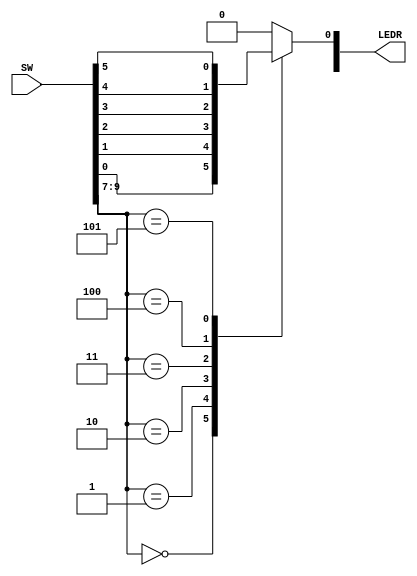
`timescale 1ns/1ns

module Mux6to1 (SW, LEDR);

	input [9:0] SW;
	output [1:0] LEDR;
	
	reg Out;

	always @(*)
	begin
		case(SW[9:7])
			3'b000: Out = SW[0];
			3'b001: Out = SW[1];
			3'b010: Out = SW[2];
			3'b011: Out = SW[3];
			3'b100: Out = SW[4];
			3'b101: Out = SW[5];
			default: Out = 1'b0;
		endcase
	end
	
	assign LEDR[0] = Out;


endmodule